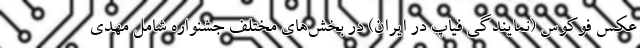
عکس فوکوس (نمایندگی فیاپ در ایران) در بخش‌های مختلف جشنواره شامل مهدی